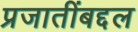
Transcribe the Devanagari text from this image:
प्रजातींबद्दल